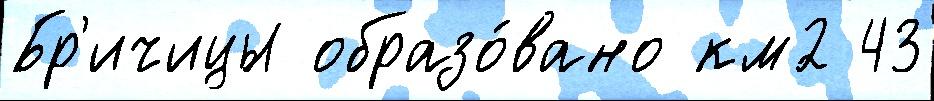
Бр'ичицы образо́вано км2 43